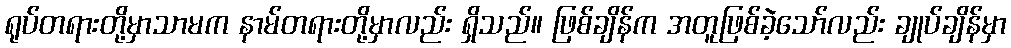
ရုပ်တရားတို့မှာသာမက နာမ်တရားတို့မှာလည်း ရှိသည်။ ဖြစ်ချိန်က အတူဖြစ်ခဲ့သော်လည်း ချုပ်ချိန်မှာ